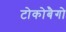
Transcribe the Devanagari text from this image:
टोकोबैगो